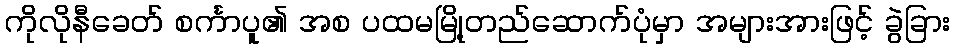
ကိုလိုနီခေတ် စင်္ကာပူ၏ အစ ပထမမြို့တည်ဆောက်ပုံမှာ အများအားဖြင့် ခွဲခြား